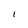
Character: I